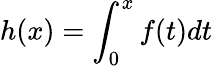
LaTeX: h(x)=\int_{0}^{x}f(t)dt